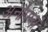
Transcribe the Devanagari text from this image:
अनौपम्यं